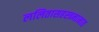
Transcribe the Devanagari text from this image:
ललितासहस्त्रनामात